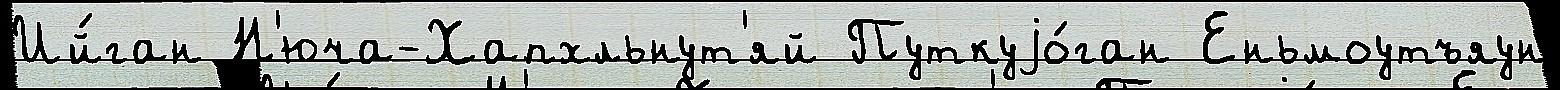
Ий́ган Н'юча-Хапхльнут'яй Путкуjо́ган Еньмоутъяун